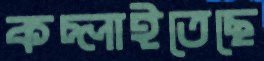
কচ্‌লাইতেছে